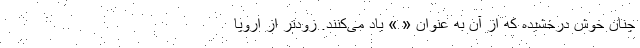
چنان خوش درخشیده که از آن به عنوان « » یاد می‌کنند. زودتر از اروپا